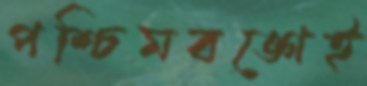
পশ্চিমবঙ্গেই